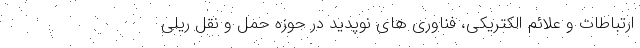
ارتباطات و علائم الکتریکی، فناوری های نوپدید در حوزه حمل و نقل ریلی